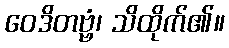
ဝေဒိတဗ္ဗံ၊ သိထိုက်၏။